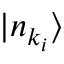
| n _ { k _ { i } } \rangle